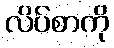
လိပ်စာကို